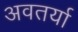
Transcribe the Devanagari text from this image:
अवतर्या